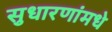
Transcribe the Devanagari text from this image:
सुधारणांमधे